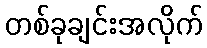
တစ်ခုချင်းအလိုက်